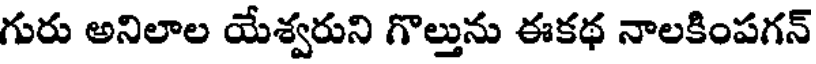
గురు అనిలాల యేశ్వరుని గొల్తును ఈకథ నాలకింపగన్